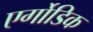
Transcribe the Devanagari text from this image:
एर्गोडिक